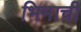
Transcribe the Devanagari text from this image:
भिमाची